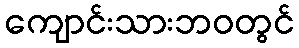
ကျောင်းသားဘဝတွင်